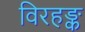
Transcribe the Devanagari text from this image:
विरहङ्क